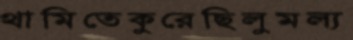
থামিতেকুরেছিলুমল্য